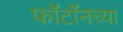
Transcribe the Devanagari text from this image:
फॉटॉनच्या